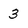
Character: 3